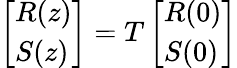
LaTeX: \left[\begin{array}{l}{R(z)}\\ {S(z)}\end{array}\right]=T\left[\begin{array}{l}{R(0)}\\ {S(0)}\end{array}\right]